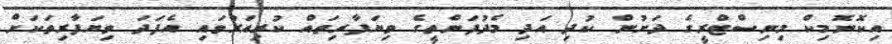
އިކޮނޮމިކް މިނިސްޓްރީގެ ދަށުން ކުދި އަދި މެދުފަންތީގެ ވިޔަފާރިތައް ކުރިއަރުވައި އެފަދަ ވިޔަފާރިތަކަށް